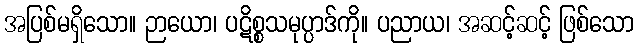
အပြစ်မရှိသော။ ဉာယော၊ ပဋိစ္စသမုပ္ပာဒ်ကို။ ပညာယ၊ အဆင့်ဆင့် ဖြစ်သော